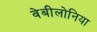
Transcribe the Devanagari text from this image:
वेबीलोनिया